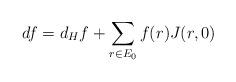
LaTeX: \begin{align*} df= d_Hf + \sum_{r\in E_{0}} f(r)J(r,0)\end{align*}